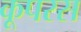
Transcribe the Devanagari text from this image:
कूपरस